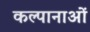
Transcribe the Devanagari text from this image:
कल्पानाओं